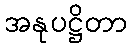
အနုပဋ္ဌိတာ